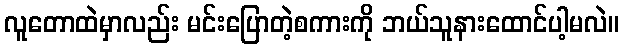
လူတောထဲမှာလည်း မင်းပြောတဲ့စကားကို ဘယ်သူနားထောင်ပါ့မလဲ။